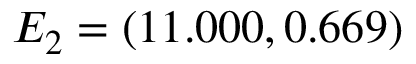
E _ { 2 } = ( 1 1 . 0 0 0 , 0 . 6 6 9 )